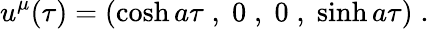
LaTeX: u^{\mu}(\tau)=(\cosh a\tau\; ,\; 0\; ,\; 0\; ,\; \sinh a\tau)\; .